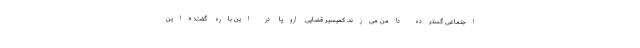
اجتماعی گسترده دامن می‌زند. کمیسیر قضایی اروپا در این باره گفت: «این